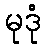
မုဒုံ